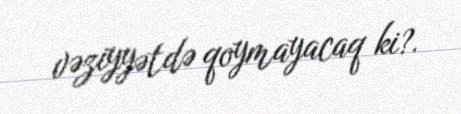
vəziyyətdə qoymayacaq ki?.